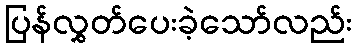
ပြန်လွှတ်ပေးခဲ့သော်လည်း